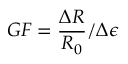
G F = \frac { \Delta R } { R _ { 0 } } / \Delta \epsilon